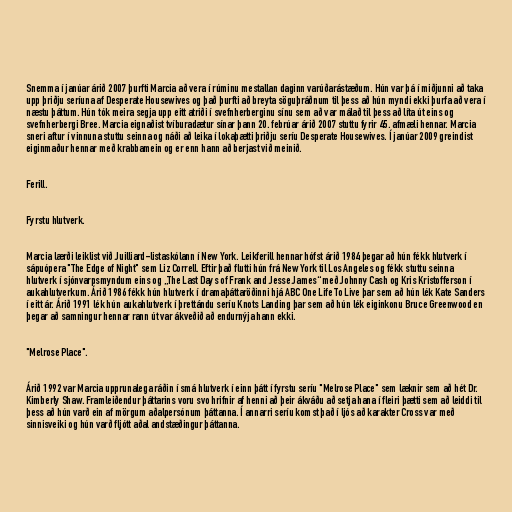
Snemma í janúar árið 2007 þurfti Marcia að vera í rúminu mestallan daginn varúðarástæðum. Hún var þá í miðjunni að taka
upp þriðju seríuna af Desperate Housewives og það þurfti að breyta söguþráðnum til þess að hún myndi ekki þurfa að vera í
næstu þáttum. Hún tók meira segja upp eitt atriði í svefnherberginu sínu sem að var málað til þess að líta út eins og
svefnherbergi Bree. Marcia eignaðist tvíburadætur sínar þann 20. febrúar árið 2007 stuttu fyrir 45. afmæli hennar. Marcia
sneri aftur í vinnuna stuttu seinna og náði að leika í lokaþætti þriðju seríu Desperate Housewives. Í janúar 2009 greindist
eiginmaður hennar með krabbamein og er enn hann að berjast við meinið.

Ferill.

Fyrstu hlutverk.

Marcia lærði leiklist við Juilliard-listaskólann í New York. Leikferill hennar hófst árið 1984 þegar að hún fékk hlutverk í
sápuópera "The Edge of Night" sem Liz Correll. Eftir það flutti hún frá New York til Los Angeles og fékk stuttu seinna
hlutverk í sjónvarpsmyndum eins og „The Last Days of Frank and Jesse James“ með Johnny Cash og Kris Kristofferson í
aukahlutverkum. Árið 1986 fékk hún hlutverk í dramaþáttaröðinni hjá ABC One Life To Live þar sem að hún lék Kate Sanders
í eitt ár. Árið 1991 lék hún aukahlutverk í þrettándu seríu Knots Landing þar sem að hún lék eiginkonu Bruce Greenwood en
þegar að samningur hennar rann út var ákveðið að endurnýja hann ekki.

"Melrose Place".

Árið 1992 var Marcia upprunalega ráðin í smá hlutverk í einn þátt í fyrstu seríu "Melrose Place" sem læknir sem að hét Dr.
Kimberly Shaw. Framleiðendur þáttarins voru svo hrifnir af henni að þeir ákváðu að setja hana í fleiri þætti sem að leiddi til
þess að hún varð ein af mörgum aðalpersónum þáttanna. Í annarri seríu komst það í ljós að karakter Cross var með
sinnisveiki og hún varð fljótt aðal andstæðingur þáttanna.